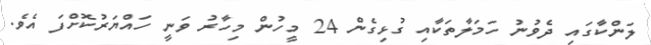
ލަންކާގައި ދެވުނު ހަމަލާތަކާއި ގުޅިގެން 24 މީހުން މިހާރު ވަނީ ހައްޔަރުކޮށްފަ އެވެ.